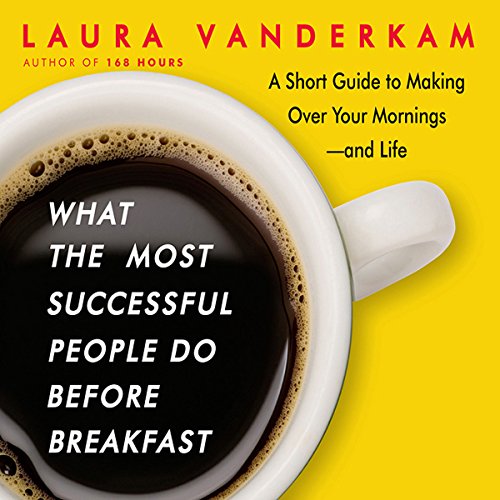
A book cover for What the Most Successful People Do Before Breakfast: A Short Guide to Making Over Your Mornings-and Life; Laura Vanderkam; Self-Help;